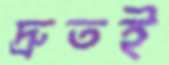
দ্রুতই